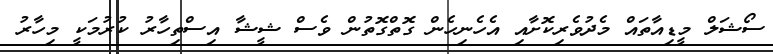
ސޯޝަލް މީޑިއާތައް މެދުވެރިކޮށާއި އެހެނިހެން ގޮތްގޮތުން ވެސް ޝީޝާ އިސްތިހާރު ކުރުމަކީ މިހާރު